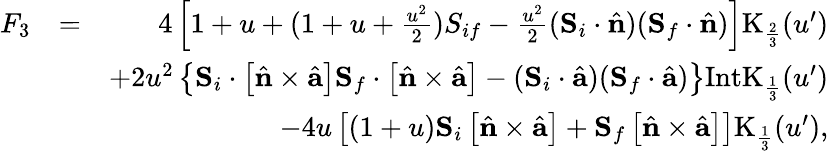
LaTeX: \begin{array}{rlr}{F_{3}}&{=}&{4\left[1+u+(1+u+\frac{u^{2}}{2}){S}_{if}-\frac{u^{2}}{2}({\mathbf S}_{i}\cdot\hat{\mathbf n})({\mathbf S}_{f}\cdot\hat{\mathbf n})\right]\mathrm{K}_{\frac{2}{3}}(u^{\prime})}\\ &{}&{+2u^{2}\left\{ {\mathbf S}_{i}\cdot\left[\hat{\mathbf n}\times\hat{\mathbf a}\right]{\mathbf S}_{f}\cdot\left[\hat{\mathbf n}\times\hat{\mathbf a}\right]-({\mathbf S}_{i}\cdot\hat{\mathbf a})({\mathbf S}_{f}\cdot\hat{\mathbf a})\right\} \mathrm{IntK}_{\frac{1}{3}}(u^{\prime})}\\ &{}&{-4u\left[(1+u){\mathbf S}_{i}\left[\hat{\mathbf n}\times\hat{\mathbf a}\right]+{\mathbf S}_{f}\left[\hat{\mathbf n}\times\hat{\mathbf a}\right]\right]\mathrm{K}_{\frac{1}{3}}(u^{\prime}),}\end{array}